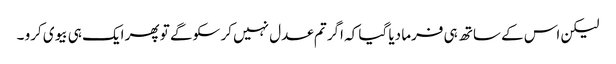
لیکن اس کے ساتھ ہی فرما دیا گیا کہ اگر تم عدل نہیں کر سکو گے تو پھر ایک ہی بیوی کرو ۔